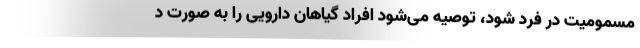
مسمومیت در فرد شود، توصیه می‌شود افراد گیاهان دارویی را به صورت د